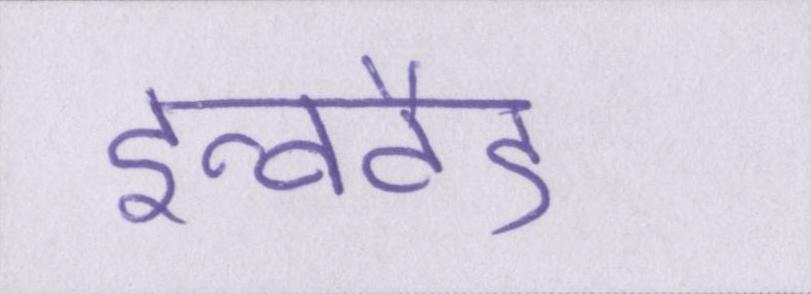
इन्वर्टेड